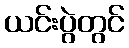
ယင်းပွဲတွင်